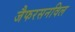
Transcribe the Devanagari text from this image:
जैफरसनविल